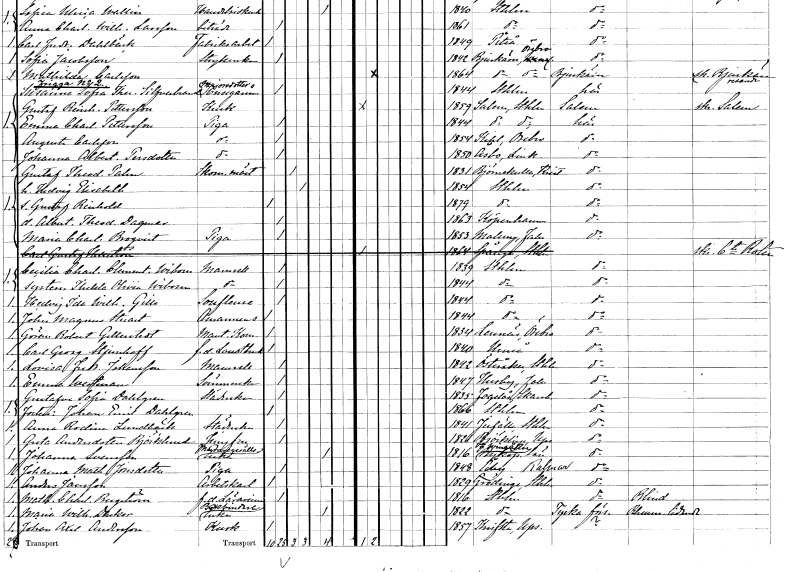
gt_parse: households: individuals: FN: Gustaf Theodor
EN: Palm
YRKE: Skomakarmäster
KON: M
CIV: G
FODAR: 1831
FODFORS: Björnekulla Kristianstads län
FN: Hedvig Elisabeth
KON: K
CIV: G
FODAR: 1854
FODFORS: Stockholm
FN: Gustaf Reinhold
KON: M
CIV: O
FODAR: 1879
FODFORS: Stockholm
FN: Albertina Theodora Dagmar
KON: K
CIV: O
FODAR: 1863
FN: Maria Charlotta
EN: Broqvist
YRKE: Piga
KON: K
CIV: O
FODAR: 1853
FODFORS: Malung Kopparbergs län
FN: Carl Gustaf
EN: Hellström
KON: M
CIV: O
FODAR: 1864
FODFORS: Spånga Stockholms län
FN: Cecilia Charlotta Clementina
EN: Wibom
KON: K
CIV: O
FODAR: 1839
FODFORS: Stockholm
FN: Thekla Olivia
EN: Wibom
KON: K
CIV: O
FODAR: 1844
FODFORS: Stockholm
FN: Hedvig Ida Wilhelmina
EN: Gille
YRKE: Sufflör
KON: K
CIV: O
FODAR: 1844
FODFORS: Stockholm
FN: John Magnus
EN: Stuart
YRKE: Amanuens
KON: M
CIV: O
FODAR: 1844
FODFORS: Stockholm
FN: Göran Robert
EN: Gellerstedt
YRKE: Mantalskommissarie
KON: M
CIV: O
FODAR: 1834
FODFORS: Lännäs Örebro län
FN: Carl Georg
EN: Stjernhoff
YRKE: Lantbrukare f.d.
KON: M
CIV: O
FODAR: 1840
FODFORS: Umeå Västerbottens län
FN: Lovisa Fredrika
EN: Johansson
KON: K
CIV: O
FODAR: 1842
FODFORS: Österåker Stockholms län
FN: Emma
EN: Westman
YRKE: Sömmerska
KON: K
CIV: O
FODAR: 1847
FODFORS: Husby Kopparbergs län
FN: Gustafva Sofia
EN: Dahlgren
YRKE: Städerska
KON: K
CIV: O
FODAR: 1835
FODFORS: Fågelås Skaraborgs län
FN: Johan Emil
EN: Dahlgren
KON: M
CIV: O
FODAR: 1866
FODFORS: Stockholm
FN: Anna Rodina
EN: Lundbäck
YRKE: Städerska
KON: K
CIV: O
FODAR: 1841
FODFORS: Järfälla Stockholms län
FN: Greta
EN: Andersdotter Björklund
YRKE: Jungfru
KON: K
CIV: O
FODAR: 1821
FODFORS: Björklinge Uppsala län
FN: Johanna
EN: Svensson
YRKE: Muraregesällsänka
KON: K
CIV: E
FODAR: 1816
FODFORS: Västra Vingåker Södermanlands län
FN: Johanna Mathilda
EN: Jonsdotter
YRKE: Piga
KON: K
CIV: O
FODAR: 1848
FODFORS: Åby Kalmar län
FN: Anders
EN: Jansson
YRKE: Arbetskarl
KON: M
CIV: O
FODAR: 1829
FODFORS: Grödinge Stockholms län
FN: Mathilda Charlotta
EN: Bergström
YRKE: Lärarinna f.d.
KON: K
CIV: O
FODAR: 1816
FODFORS: Stockholm
FN: Maria Wilhelmina
EN: Denker
YRKE: Bokbindareänka
KON: K
CIV: E
FODAR: 1822
FODFORS: Stockholm
FN: Johan Axel
EN: Andersson
YRKE: Kusk
KON: M
CIV: O
FODAR: 1857
FODFORS: Knivsta Uppsala län